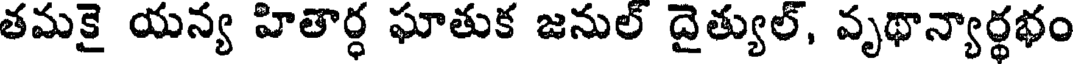
తమకై యన్య హితార్ధ ఘాతుక జనుల్ దైత్యుల్, వృథాన్యార్థభం